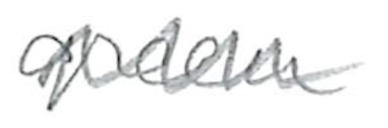
Text: green
Cross-out: mix
Writing tool: pencil